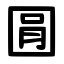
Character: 㘣